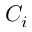
C _ { i }